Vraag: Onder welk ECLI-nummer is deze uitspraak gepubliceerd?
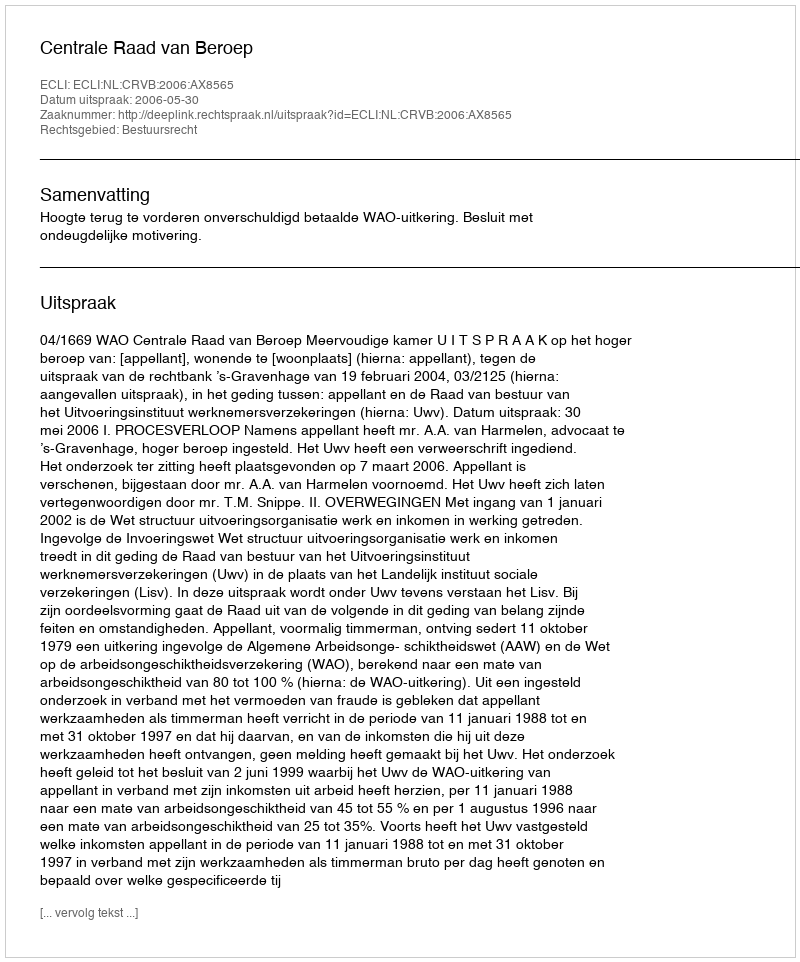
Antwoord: ECLI:NL:CRVB:2006:AX8565